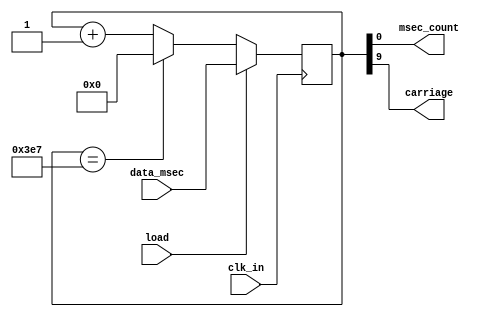
module msec_cntr(
    input clk_in,
    input load,
    input [9:0] data_msec,
    output  msec_count,
    output  carriage
    );
    
    reg [9:0] msec_count_reg;
    always@(negedge clk_in)
    begin
    if(load == 1'b1)
    begin
       msec_count_reg <= data_msec;
    end
    else
    begin
      if(msec_count_reg == 10'b1111100111)
      begin
        msec_count_reg <= 10'b0000000000;
      end
      else
      begin
      msec_count_reg <= msec_count_reg + 1;
      end
    end
    end
    
    assign  msec_count = msec_count_reg;
    assign  carriage = msec_count_reg[9];
endmodule